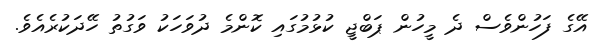
އޭގެ ފަހުންވެސް ދެ މީހުން ޕަބްޖީ ކުޅުމުގައި ކޮންމެ ދުވަހަކު ވަގުތު ހޭދަކުރެއެވެ.